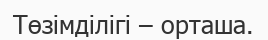
Төзімділігі – орташа.